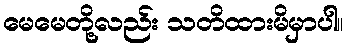
မေမေတို့လည်း သတိထားမိမှာပါ။